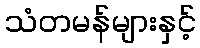
သံတမန်များနှင့်